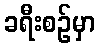
ခရီးစဉ်မှာ